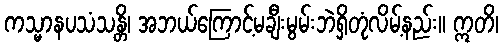
ကသ္မာနပသံသန္တိ၊ အဘယ်ကြောင့်မချီးမွမ်းဘဲရှိတုံလိမ့်နည်း။ ဣတိ၊